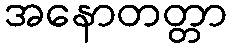
အနောတတ္တာ